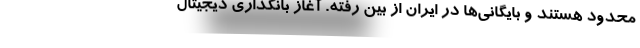
محدود هستند و بایگانی‌ها در ایران از بین رفته. آغاز بانکداری دیجیتال